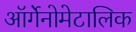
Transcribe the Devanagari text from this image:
ऑर्गेनोमेटालिक